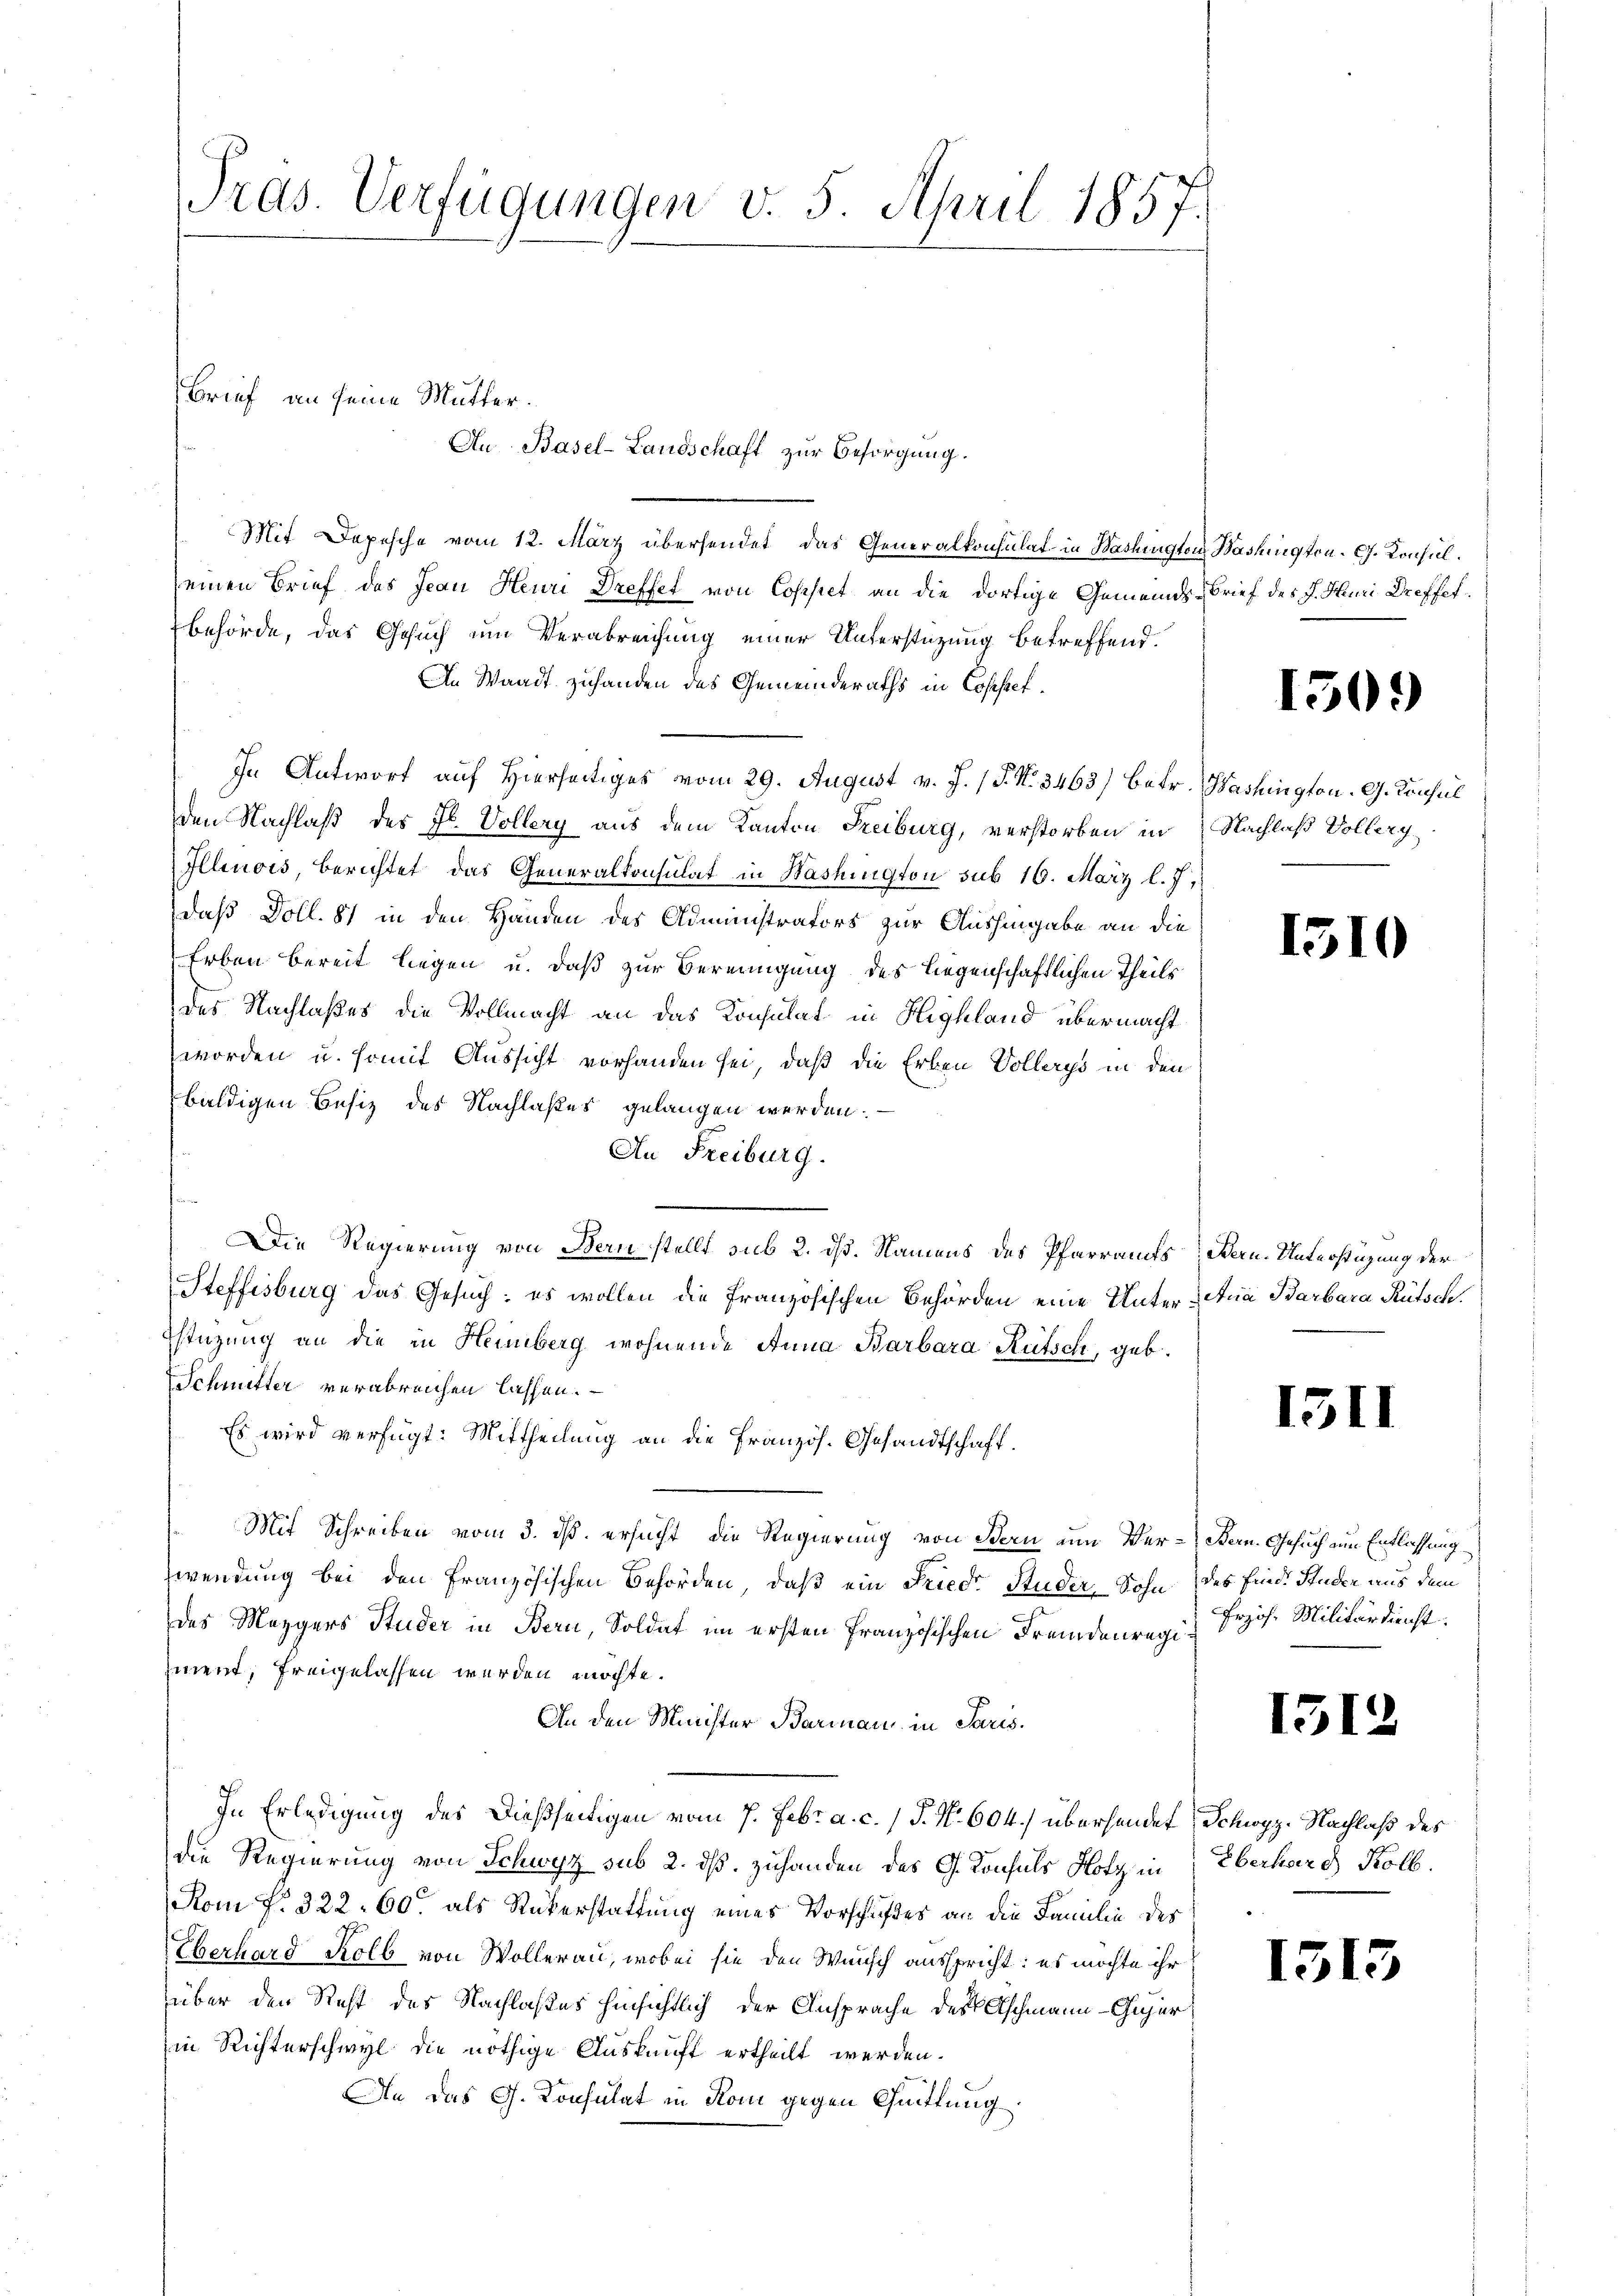
Tras. Verfügungen v. 5. April 1857.

Brief an seine Mutter.
Au Basel-Landschaft zur Besorgung.

Mit Depesche vom 12. März übersendet, das Generalkonsulat in Washington Washington. G. Konsuleinen Brief des Jean Heuri Dreffet von Copistet an die dortige Gemeinds-Brief des J. Huri Dreffet.
behörde, das Gesuch um Verabreichung einer Unterstützung betreffend.
An Waadt zuhanden des Gemeinderaths in Cosestet¬
In Antwort auf Hierseitiges vom 29. August v. J. 17. No. 3463) betr. Washington. G. Consul
den Nachlaß des Jb. Vollery aus dem Kanton Freiburg, verstorben in Nachlaß Vollerg
Illinois, berichtet, das Generalkonsulat in Washington sub 16. März l. J.
daß Doll. 81 in den Händen des Administrators zur Aushingabe an die
Erben bereit liegen u. daß zur Bereinigung des liegenschaftlichen Theils
des Nachlaßes die Vollmacht an das Konsulat in Highland übermacht
worden u. somit Aussicht vorhanden sei, daß die Erben Vollerys in den
baldigen Besiz des Nachlaßes gelangen werden.
An Freiburg.
Die Regierung von Bern stellt sub 2. dß. Namens des Pfarramts Bern. Unterstüzung der
Steffisburg das Gesuch; es wollen die französischen Behörden eine Unter-Ana Barbara Rütsch.
Estüzung an die in Heinberg wohnende Anna Barbara Rütsch, geb.
Schmutter verabreichen lassen.
Es wird verfügt: Mittheilung an die Französ. Gesandtschaft.
Mit Schreiben vom 3. dß ersucht die Regierung von Bern um Ver-Bern. Gesuch um Entlassung
wendung bei den Französischen Behörden, daß ein Fried. Studer Sohn des finde Stücke aus dem
des Mezgers Studer in Bern, Soldat im ersten Französischen Fremdenregi
ment, freigelassen werden möchte.
An den Minister Barmann in Paris.
In Erledigung des dießseitigen vom 7. Febr. a. c. 1 P. Nr. 604.) überhander Schwyz. Nachlaß des
die Regierung von Schwyz sub 2. dß. Zuhanden des G. Konsuls Hotz in Eberhard Kolb.
Rom No. 322. 60. als Rükerstattung eines Vorschichtes an die Familie des
Eberhard Kolb von Wollerau, wobei sie den Wunsch ausspricht: es möchte ihr
über den Rest des Nachlaßes hinsichtlich der Ansprache des Aschmann - Gujer
in Richterschwyl die nöthige Auskunft ertheilt werden.
An das G. Konsulat in Rom gegen Quittung.

150.

1310

15II

Przös. Militärdienst.

1312

1313